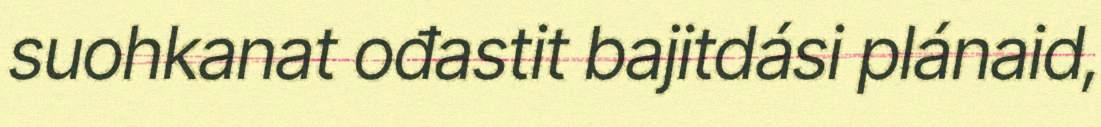
suohkanat ođastit bajitdási plánaid,